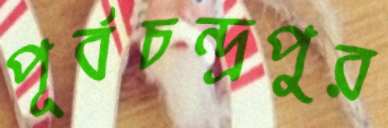
পূর্বচন্দ্রপুর